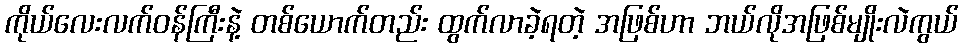
ကိုယ်လေးလက်ဝန်ကြီးနဲ့ တစ်ယောက်တည်း ထွက်လာခဲ့ရတဲ့ အဖြစ်ဟာ ဘယ်လိုအဖြစ်မျိုးလဲကွယ်